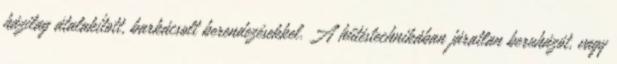
házilag átalakított, barkácsolt berendezésekkel. A hűtéstechnikában járatlan beruházót, vagy